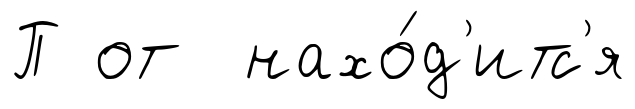
П от нахо́д'итс'я